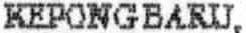
KEPONG BARU,